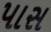
પાસ